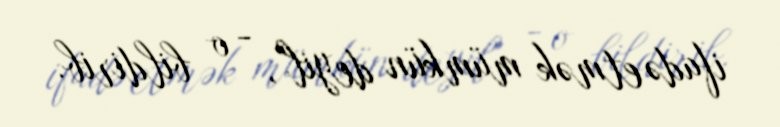
ifadə etmək mümkün deyil", - o bildirib.